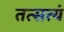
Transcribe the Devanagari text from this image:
तत्सत्यं